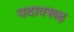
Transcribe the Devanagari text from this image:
पदावरूढ़